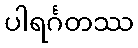
ပါရင်္ဂတဿ